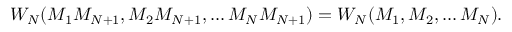
{ \cal W } _ { N } ( M _ { 1 } M _ { N + 1 } , M _ { 2 } M _ { N + 1 } , \dots M _ { N } M _ { N + 1 } ) = { \cal W } _ { N } ( M _ { 1 } , M _ { 2 } , \dots M _ { N } ) .